Leningradi_Edasi_toimetus, lk 18
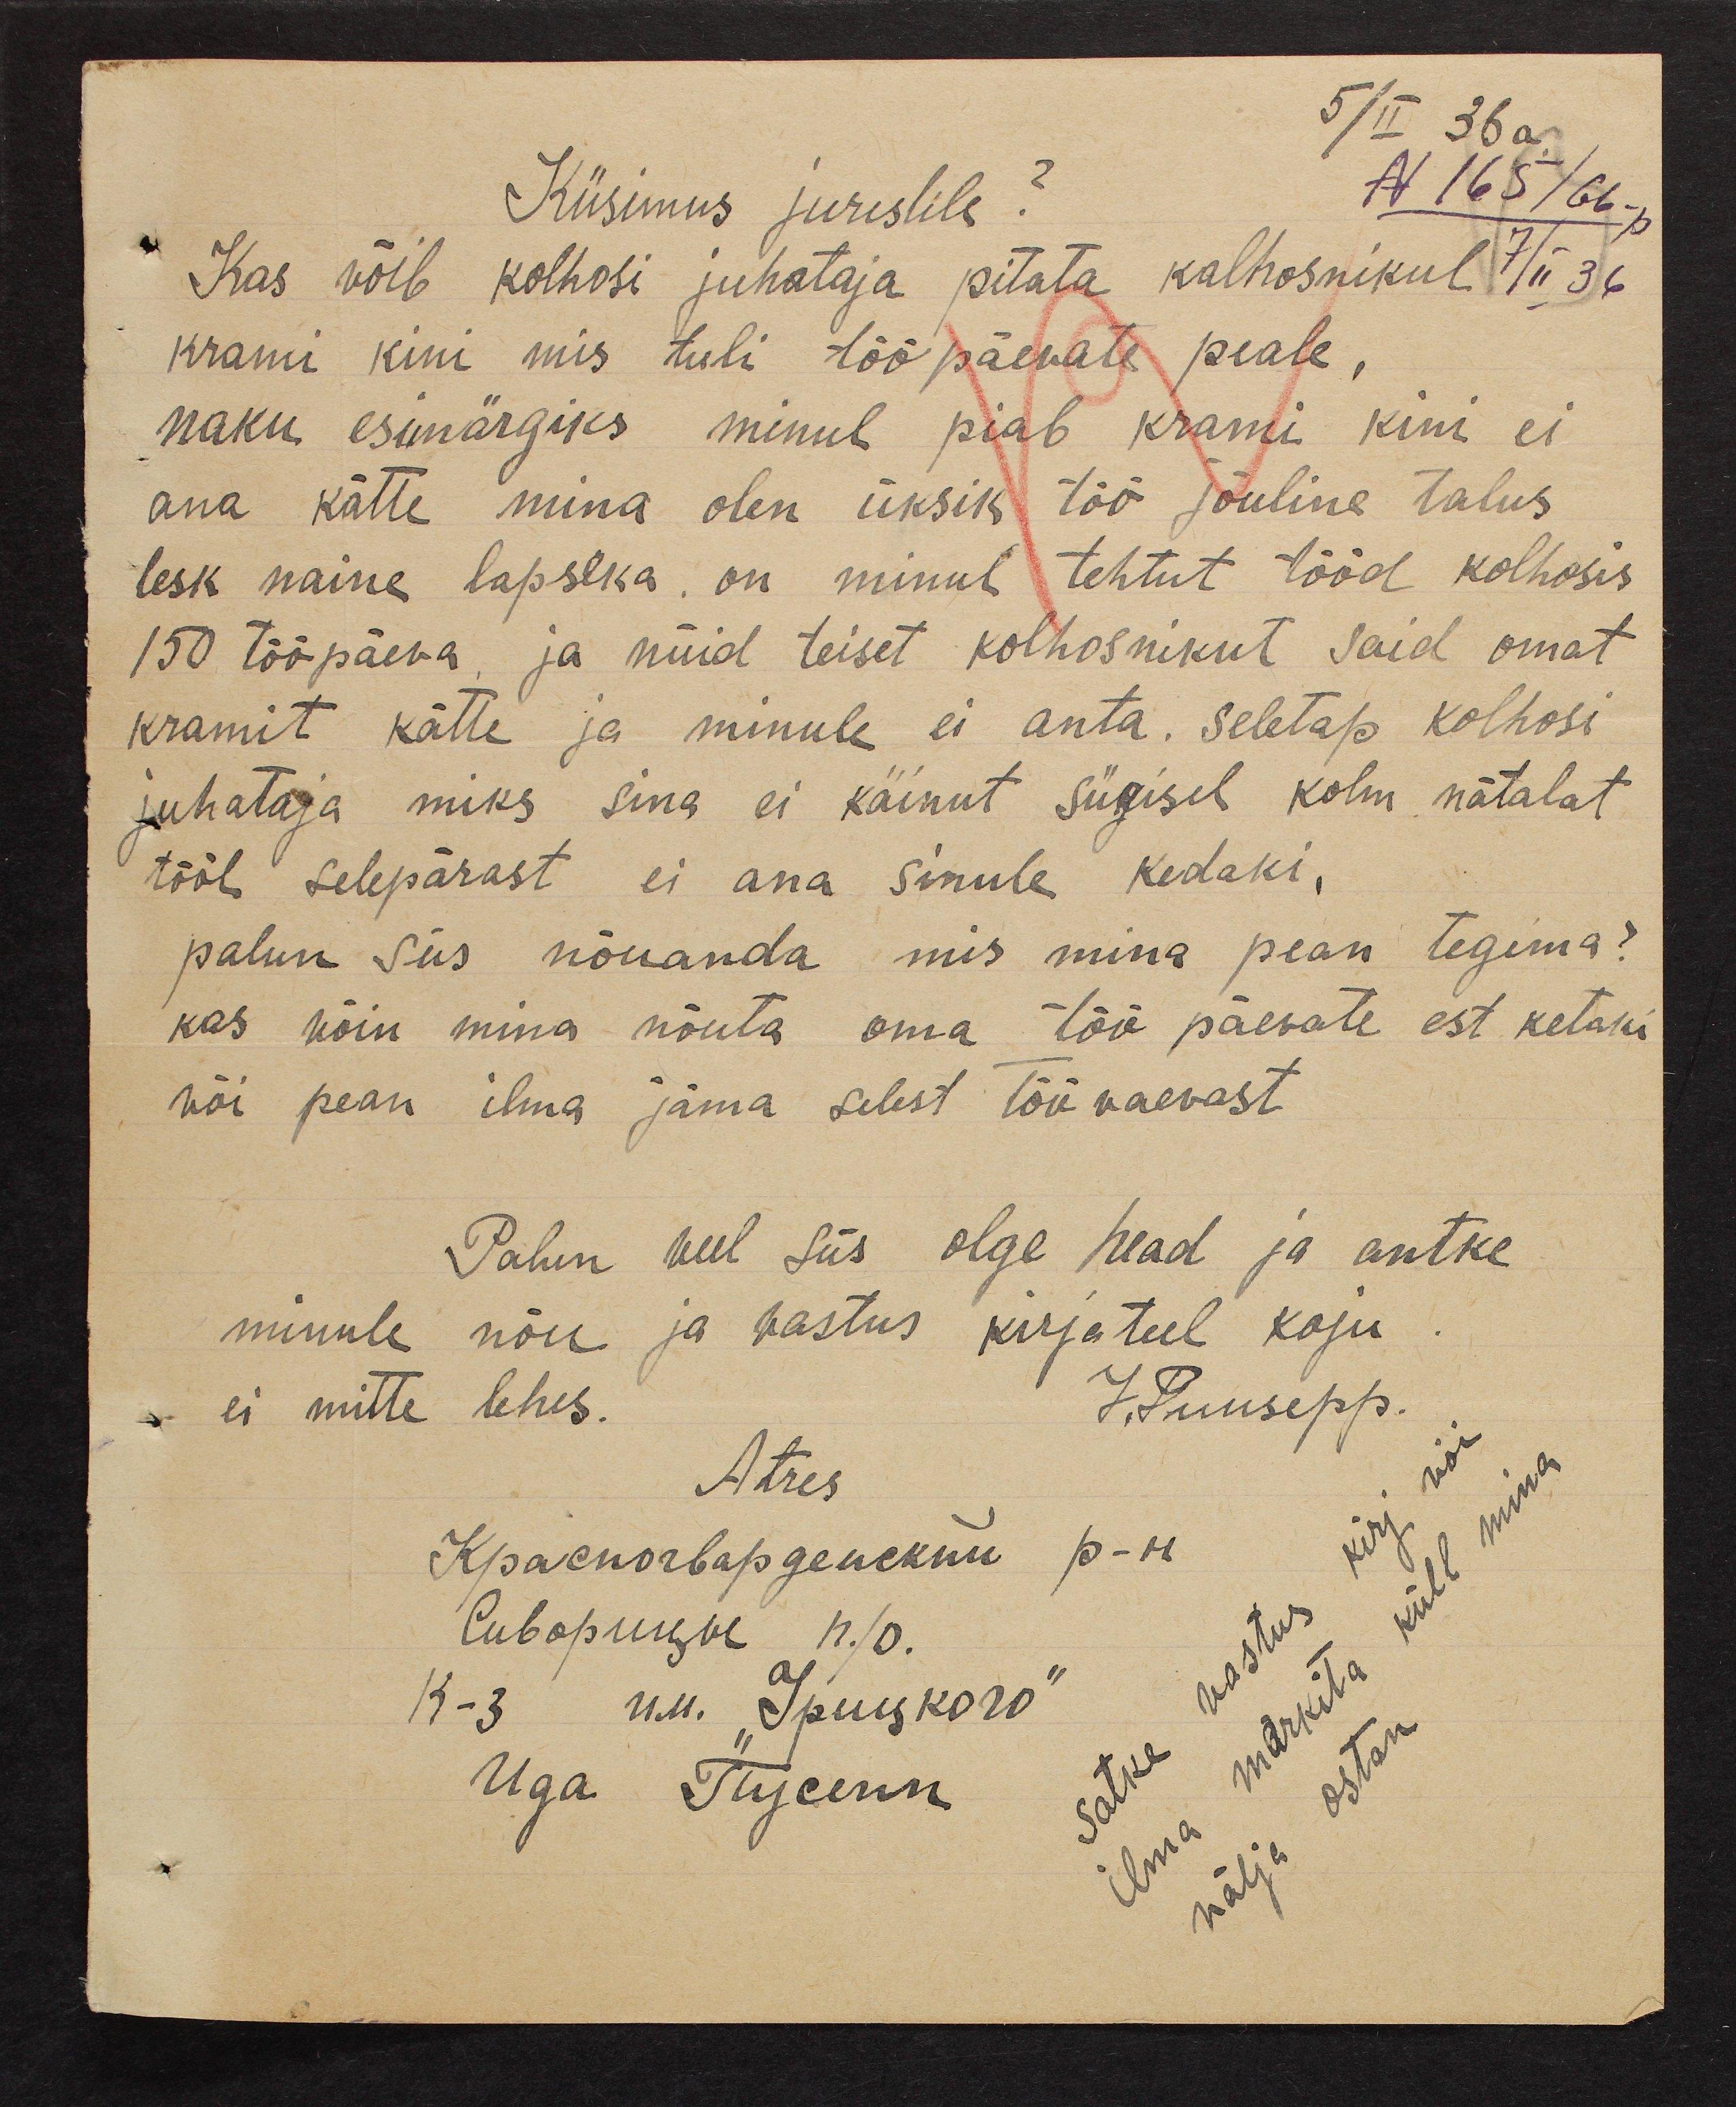
5/II 36a
Küsimus juristile?
N 165/66 -
Kas võib kolhosi juhataja pitata kolhosnikul 7/ii 36
krami kini mis tuli töö päewate peale,
naku esimärgiks minul piab krami kini ei
ana kätte mina olen üksik töö jõuline talus
lesk naine lapseka, on minul tehtut tööd kolhosis
150 tööpäeva, ja nüid teiset kolhosnikut said omat
kramit kätte ja minule ei anta. Seletap kolhosi
juhataja miks sina ei käinut sügisel kolm nätalat
tööl selepärast ei ana sinule kedaki,
palun siis nõuanda mis mina pean tegema?
kas wõin mina nõuta oma töö päewate est ketaki
wõi pean ilma jäma selest tööwaevast.
Palun veel siis olge head ja antke
minule nõu ja vastus kirjateel koju
ei mitte lehes.
J. Puusepp.
Atres
Satke wastus kirj vöi
ilma markita küll mina
wälja ostan